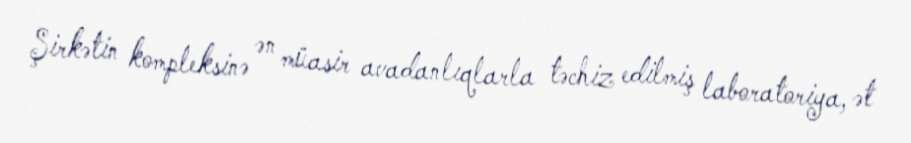
Şirkətin kompleksinə ən müasir avadanlıqlarla təchiz edilmiş laboratoriya, ət